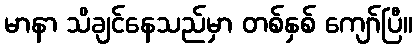
မာနာ သိချင်နေသည်မှာ တစ်နှစ် ကျော်ပြီ။